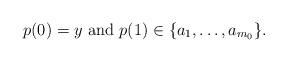
LaTeX: \begin{align*} p(0)=y {\rm \ and \ } p(1)\in \{a_1, \ldots, a_{m_0}\}. \end{align*}